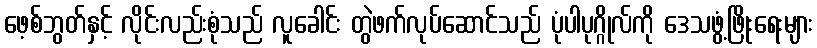
ဖေ့စ်ဘွတ်နှင့် လိုင်းလည်းစုံသည် လူခေါင်း တွဲဖက်လုပ်ဆောင်သည် ပုံပါပုဂ္ဂိုလ်ကို ဒေသဖွံ့ဖြိုးရေးများ